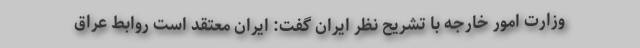
وزارت امور خارجه با تشریح نظر ایران گفت: ایران معتقد است روابط عراق